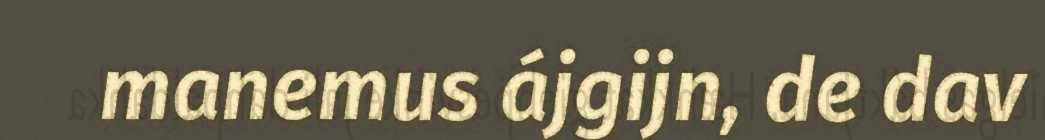
manemus ájgijn, de dav